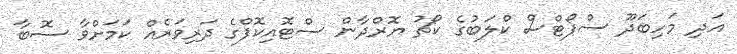
އަދި މަހިބަދޫ ސްޕޯޓްސް ކްލަބުގެ ކޯޗު ޔޮރްދާން ސްޓޮއިކޮފްގެ ދަރިވަރެއް ކަމަށްވާ ސޮބާ